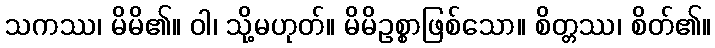
သကဿ၊ မိမိ၏။ ဝါ၊ သို့မဟုတ်။ မိမိဥစ္စာဖြစ်သော။ စိတ္တဿ၊ စိတ်၏။